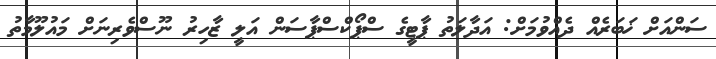
ސަންއަށް ޚަބަރެއް ދެއްވުމަށް: އަދާލަތު ޕާޓީގެ ސްޕޯކްސްޕާސަން އަލީ ޒާހިރު ނޫސްވެރިނަށް މައުލޫމާތު